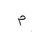
Letter: _mim